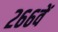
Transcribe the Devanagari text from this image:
२६६वें